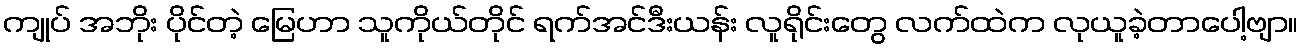
ကျုပ် အဘိုး ပိုင်တဲ့ မြေဟာ သူကိုယ်တိုင် ရက်အင်ဒီးယန်း လူရိုင်းတွေ လက်ထဲက လုယူခဲ့တာပေါ့ဗျာ။